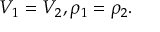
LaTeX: V _ { 1 } = V _ { 2 } , \rho _ { 1 } = \rho _ { 2 } .